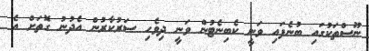
ނޫސްތަކުގައި ބުނެފައި ވަނީ ކެބިނެޓުން ވަނީ ދިވެހި ސަރުކާރުން އެދުނު ގޮތަށް އެ